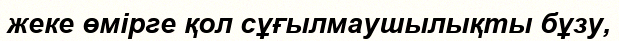
жеке өмірге қол сұғылмаушылықты бұзу,